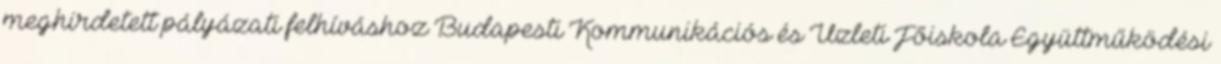
meghirdetett pályázati felhíváshoz Budapesti Kommunikációs és Üzleti Főiskola Együttműködési